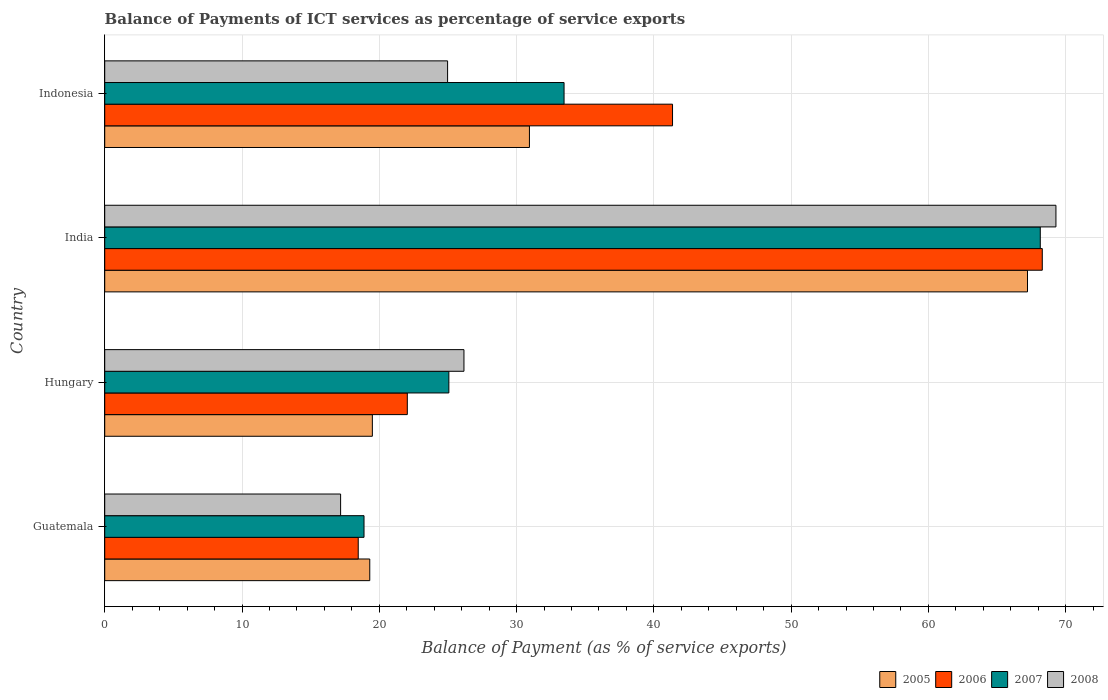
| Country | 2005 | 2006 | 2007 | 2008 |
 | --- | --- | --- | --- | --- |
 | Guatemala | 19.3 | 18.5 | 18.9 | 17.2 |
 | Hungary | 19.5 | 22 | 25.1 | 26.2 |
 | India | 67.2 | 68.3 | 68.1 | 69.3 |
 | Indonesia | 30.9 | 41.4 | 33.5 | 25 |